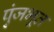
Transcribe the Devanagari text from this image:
पुंजभूत